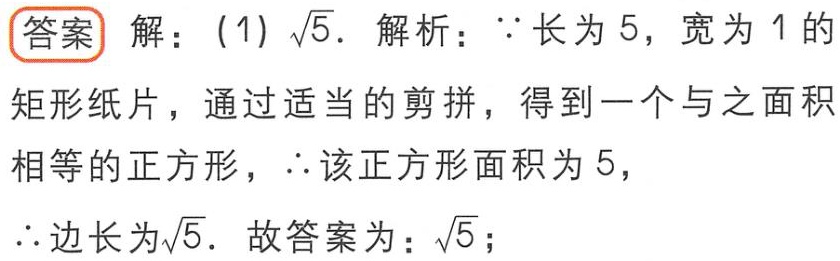
答案 解：(1) $\sqrt{5}$. 解析：$\because$长为 5，宽为 1 的矩形纸片，通过适当的剪拼，得到一个与之面积相等的正方形，$\therefore$该正方形面积为 5，$\therefore$边长为$\sqrt{5}$. 故答案为：$\sqrt{5}$；